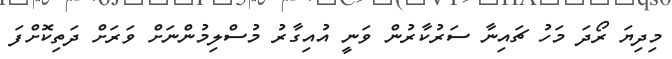
މިދިޔަ ރޯދަ މަހު ޗައިނާ ސަރުކާރުން ވަނީ އުއިގާރު މުސްލިމުންނަށް ވަރަށް ދަތިކޮށްފަ